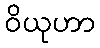
ဝိယုဟာ